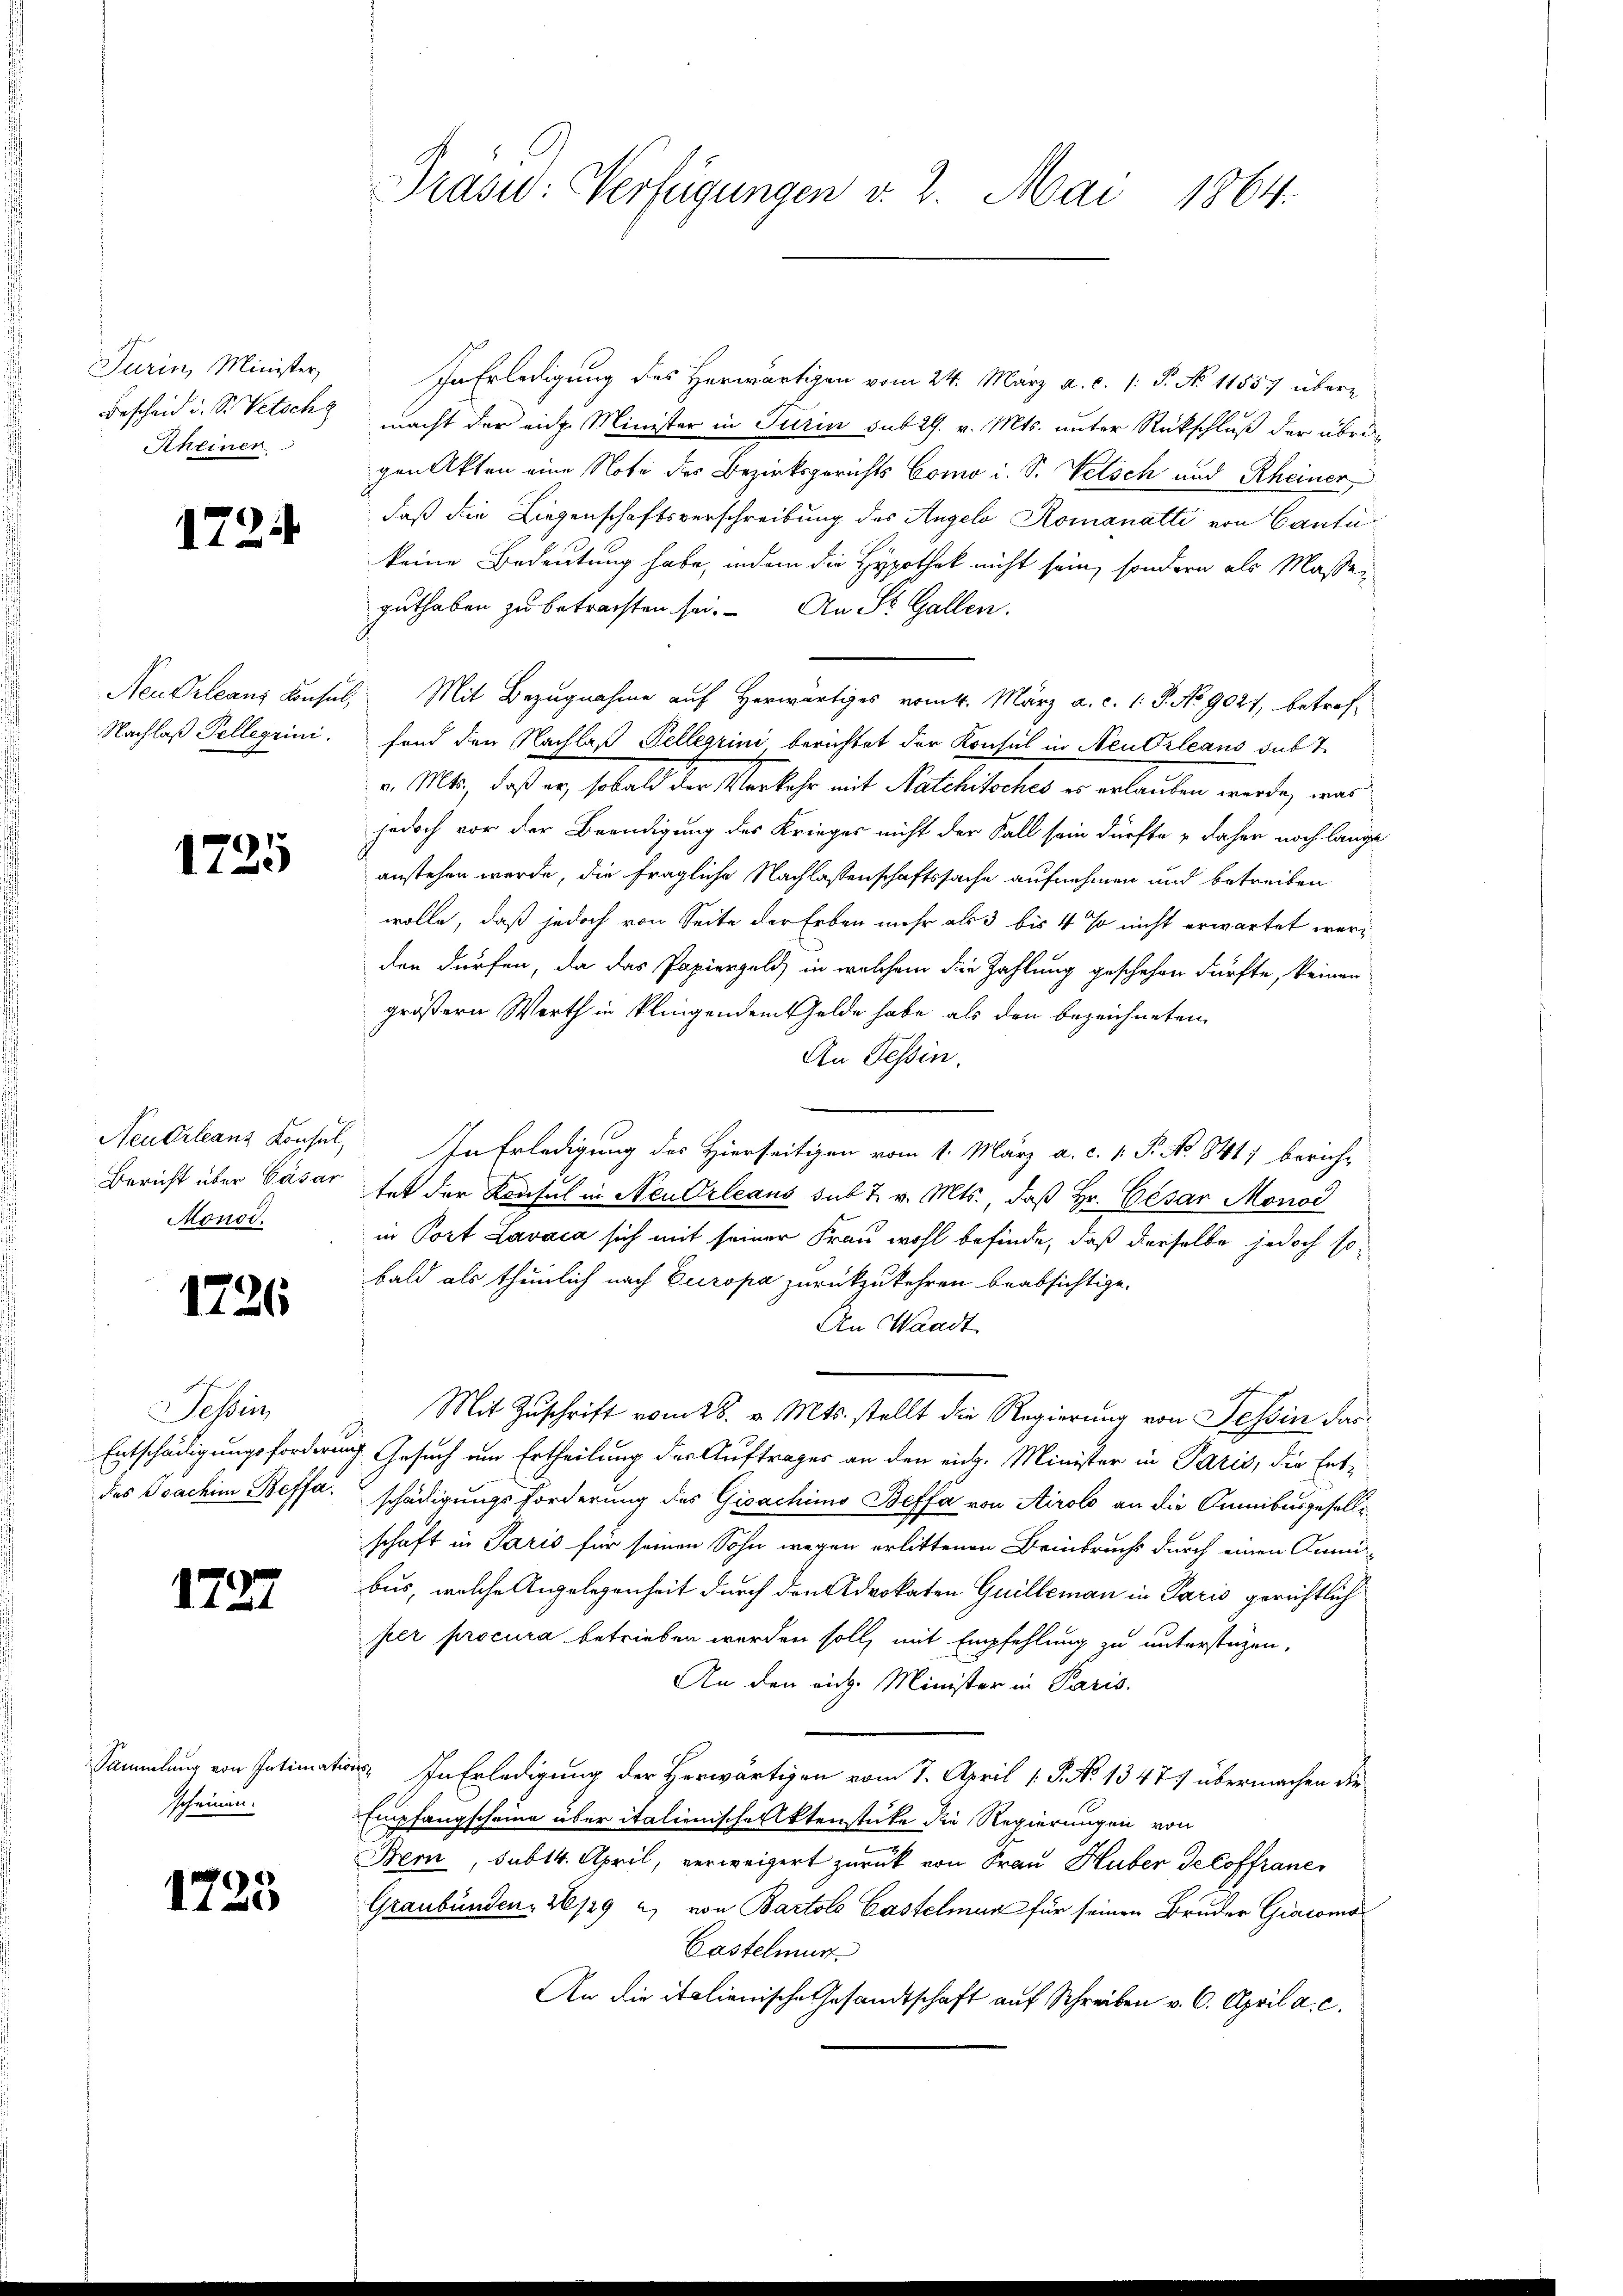
Turin, Minister,
Bescheid u. S. Petschg
Rheinen

1724

Neu Orleans Konsul,
Nachlaß Pellerini.

1725

Neudrleanz Konsul,
Bericht über Cäsar
Monod.

1726

Tessin,
Entschädigungsforderung
des Joachim Beffa

1727

Sammlung von Intimati
scheinen.

1725

Präsid.: Verfügungen v. 2. Mai 1864.

In Erledigung des Herwärtigen vom 24. März a. c. /: P. No 11557 über
macht der eich Minister in Turin sub 29. v. Mts. unter Rückschluß der übrig
gen Akten eine Note des Bezirksgerichts Como i. S. Petsch und Rheiner
daß die Liegenschaftsverschreibung des Angelo Romanatti von Cautikeine Bedeutung habe, indem die Hypothek nicht sein, sondern als Maßen
guthaben zu betrachten sei. An St. Gallen.
Mit Bezugnahme auf Herwärtiges vom 4. März a. c. 1. P. No 9021, betref-
fond den Nachlaß Pellerini berichtet der Kontal in Neu Orleans sub 7
v. Mts., daß er, sobald der Verkehr mit Natchitsches es erlauben werde, was
jedoch vor der Beendigung des Krieges nicht der Fall sein dürfte & daher noch lange
anstehen werde, die fragliche Nachlassenschaftssache aufnehmen und betreiben
wolle, daß jedoch von Seite der Erben mehr als 3 bis 4 % nicht erwartet werden dürfen, da das Papiergeld, in welchem die Zahlung geschehen dürfte, keinen
größern Werth in klingendem Gelde habe als den bezeichneten
An Tessin.
In Erledigung des Hierseitigen vom 1. März a. c. v. P. No. 841) beruhe
tet der Konsul in Neudrleans sub t v. Mts., daß Hr. Cesar Monod
in Port Lavata sich mit seiner Frau wohl befinde, daß derselbe jedoch sobald als thunlich nach Europa zurückzukehren beabsichtige.
An Waadt
7
Mit Zuschrift vom 28. v. Mts. stellt die Regierung von Tessin das
 Gesuch um Ertheilung der Auftrages an den eich. Minister in Paris, die Entschädigungsforderung des Gioachimo Beffa von Airolo an die Cumibusgeselli
schaft in Paris für seinen Sohn wegen erlittenen Beinbruchs durch einen Anm
bus, welche Angelegenheit durch den Advokaten Guilleman in Paris gerichtlich
per procura betrieben werden soll, mit Empfehlung zu unterstüzen,
An den rich. Minister in Paris.
 In Erledigung der Herwärtigen vom 7. April 1 S. No. 1347 übermachen die
Empfangscheine über italienische Aktenstücke die Regierungen von
Bern, sub 14. April, verweigert zurück von Frau Huber Seloffranes
Graubünden, 2129 u von Bartolo Castelman für seinen Bruder Giacomo¬
Castelmur
An die italienische Gesandtschaft auf Schreiben v. 6. April a. c.